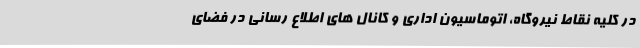
در کلیه نقاط نیروگاه، اتوماسیون اداری و کانال های اطلاع رسانی در فضای